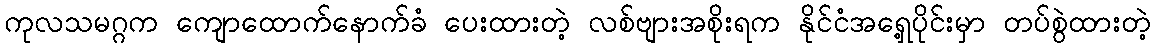
ကုလသမဂ္ဂက ကျောထောက်နောက်ခံ ပေးထားတဲ့ လစ်ဗျားအစိုးရက နိုင်ငံအရှေ့ပိုင်းမှာ တပ်စွဲထားတဲ့